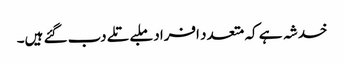
خدشہ ہے کہ متعدد افراد ملبے تلے دب گئے ہیں۔